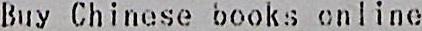
BUY CHINESE BOOKS ONLINE